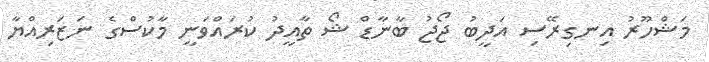
މަޝްހޫރު އިނގިރޭސި އަދީބު ޖޯޖު ބާނާޑް ޝޯ ތާއީދު ކުރައްވަނީ މާކުސްގެ ނަޒަރިއްޔާ